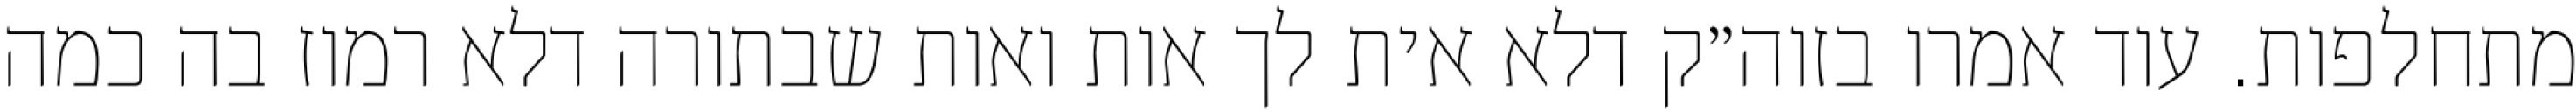
מתחלפות. עוד אמרו בזוה״ק דלא אית לך אות ואות שבתורה דלא רמוז בה כמה